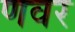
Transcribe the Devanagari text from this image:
णवर